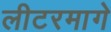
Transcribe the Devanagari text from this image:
लीटरमागे